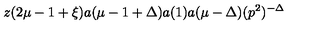
z ( 2 \mu - 1 + \xi ) a ( \mu - 1 + \Delta ) a ( 1 ) a ( \mu - \Delta ) ( p ^ { 2 } ) ^ { - \Delta }